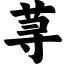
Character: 荨